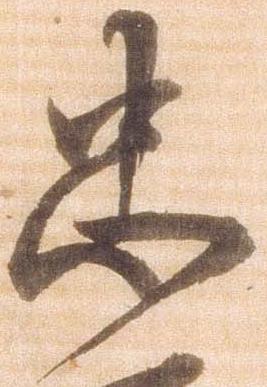
忠